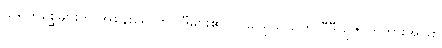
သရဲတစ္ဆေများကို အစွန်းရောက်ဝါဒီများ၏ ဝင်ငွေရှိသည်ဟု ဗီဒီယိုဇာတ်ကားအဖြစ်